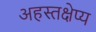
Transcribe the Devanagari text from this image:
अहस्तक्षेप्य